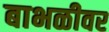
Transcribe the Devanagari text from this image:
बाभळीवर